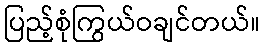
ပြည့်စုံကြွယ်ဝချင်တယ်။